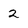
Character: 2